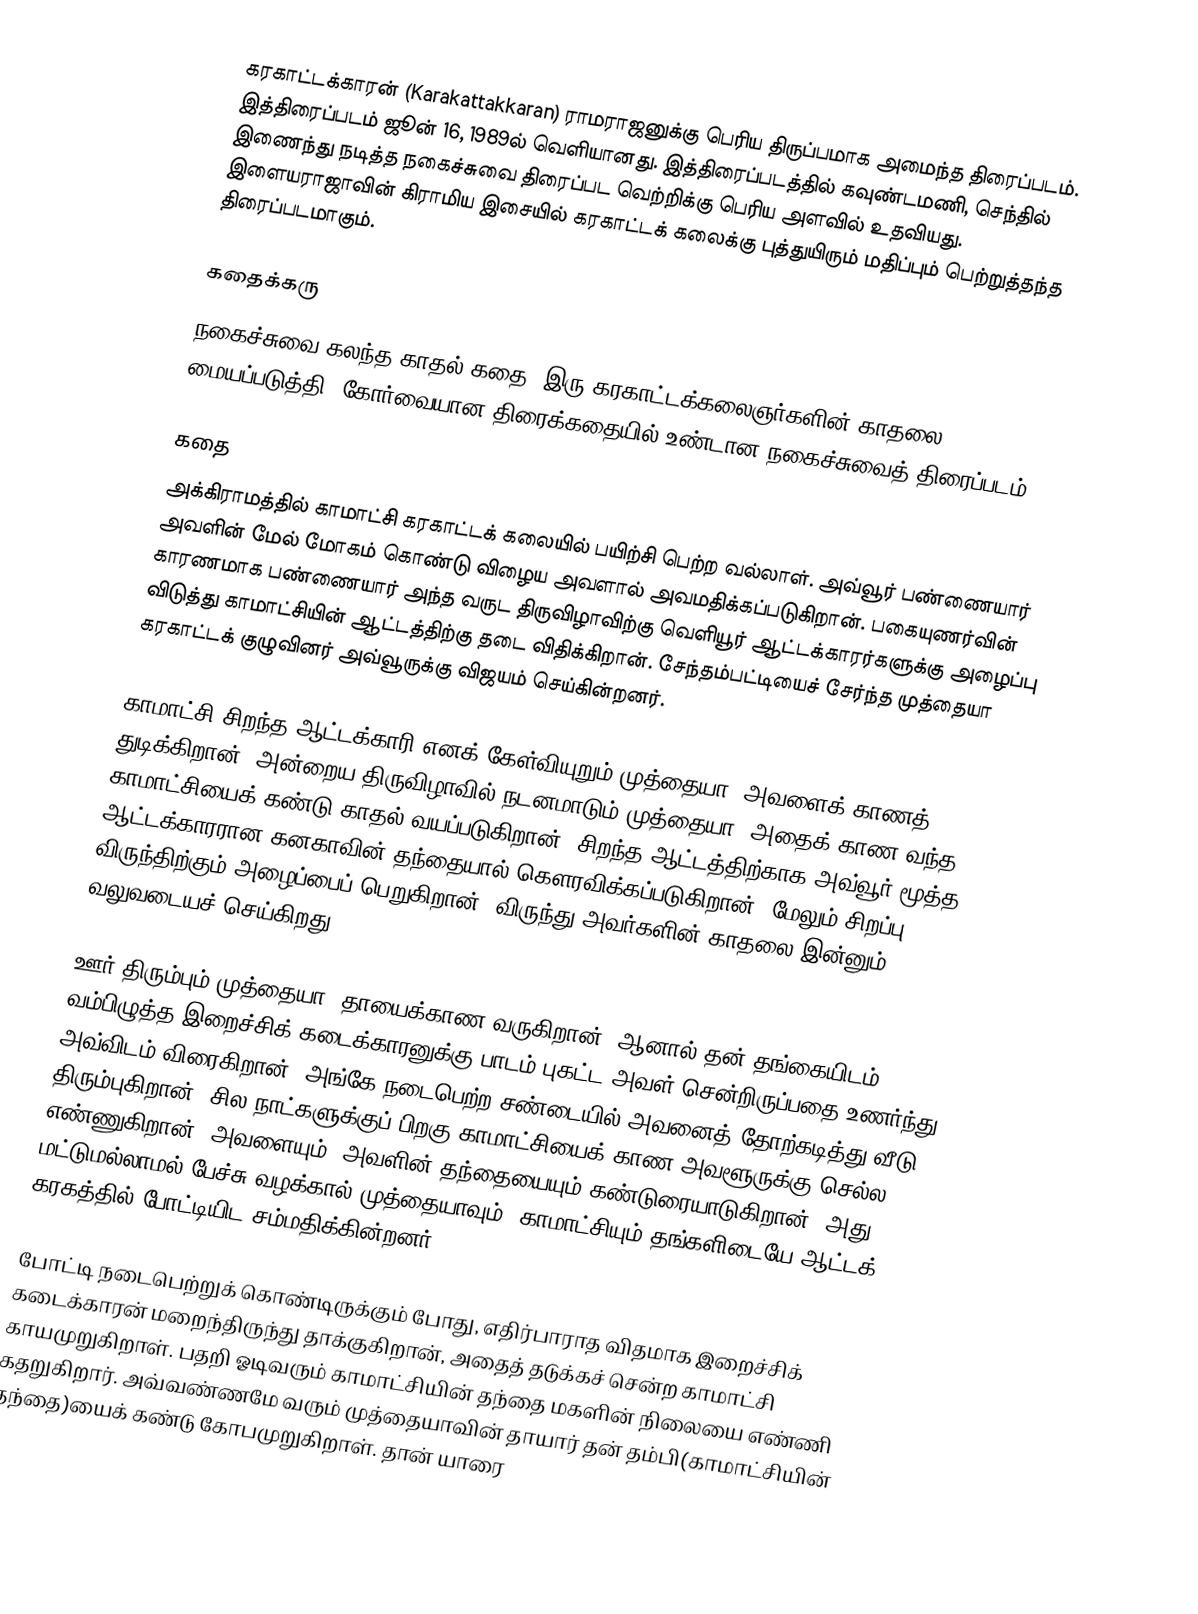
கரகாட்டக்காரன் (Karakattakkaran) ராமராஜனுக்கு பெரிய திருப்பமாக அமைந்த திரைப்படம். இத்திரைப்படம் ஜூன் 16, 1989ல் வெளியானது. இத்திரைப்படத்தில் கவுண்டமணி, செந்தில் இணைந்து நடித்த நகைச்சுவை திரைப்பட வெற்றிக்கு பெரிய அளவில் உதவியது. இளையராஜாவின் கிராமிய இசையில் கரகாட்டக் கலைக்கு புத்துயிரும் மதிப்பும் பெற்றுத்தந்த திரைப்படமாகும்.

கதைக்கரு
நகைச்சுவை கலந்த காதல் கதை. இரு கரகாட்டக்கலைஞர்களின் காதலை மையப்படுத்தி, கோர்வையான திரைக்கதையில் உண்டான நகைச்சுவைத் திரைப்படம்.

கதை
அக்கிராமத்தில் காமாட்சி கரகாட்டக் கலையில் பயிற்சி பெற்ற வல்லாள். அவ்வூர் பண்ணையார் அவளின் மேல் மோகம் கொண்டு விழைய அவளால் அவமதிக்கப்படுகிறான். பகையுணர்வின் காரணமாக பண்ணையார் அந்த வருட திருவிழாவிற்கு வெளியூர் ஆட்டக்காரர்களுக்கு அழைப்பு விடுத்து காமாட்சியின் ஆட்டத்திற்கு தடை விதிக்கிறான். சேந்தம்பட்டியைச் சேர்ந்த முத்தையா கரகாட்டக் குழுவினர் அவ்வூருக்கு விஜயம் செய்கின்றனர்.

காமாட்சி சிறந்த ஆட்டக்காரி எனக் கேள்வியுறும் முத்தையா, அவளைக் காணத் துடிக்கிறான். அன்றைய திருவிழாவில் நடனமாடும் முத்தையா, அதைக் காண வந்த காமாட்சியைக் கண்டு காதல் வயப்படுகிறான். சிறந்த ஆட்டத்திற்காக அவ்வூர் மூத்த ஆட்டக்காரரான கனகாவின் தந்தையால் கௌரவிக்கப்படுகிறான். மேலும் சிறப்பு விருந்திற்கும் அழைப்பைப் பெறுகிறான். விருந்து அவர்களின் காதலை இன்னும் வலுவடையச் செய்கிறது.

ஊர் திரும்பும் முத்தையா, தாயைக்காண வருகிறான். ஆனால் தன் தங்கையிடம் வம்பிழுத்த இறைச்சிக் கடைக்காரனுக்கு பாடம் புகட்ட அவள் சென்றிருப்பதை உணர்ந்து அவ்விடம் விரைகிறான். அங்கே நடைபெற்ற சண்டையில் அவனைத் தோற்கடித்து வீடு திரும்புகிறான். சில நாட்களுக்குப் பிறகு காமாட்சியைக் காண அவளூருக்கு செல்ல எண்ணுகிறான். அவளையும், அவளின் தந்தையையும் கண்டுரையாடுகிறான். அது மட்டுமல்லாமல் பேச்சு வழக்கால் முத்தையாவும், காமாட்சியும் தங்களிடையே ஆட்டக் கரகத்தில் போட்டியிட சம்மதிக்கின்றனர்.

போட்டி நடைபெற்றுக் கொண்டிருக்கும் போது, எதிர்பாராத விதமாக இறைச்சிக் கடைக்காரன் மறைந்திருந்து தாக்குகிறான், அதைத் தடுக்கச் சென்ற காமாட்சி காயமுறுகிறாள். பதறி ஓடிவரும் காமாட்சியின் தந்தை மகளின் நிலையை எண்ணி கதறுகிறார். அவ்வண்ணமே வரும் முத்தையாவின் தாயார் தன் தம்பி(காமாட்சியின் தந்தை)யைக் கண்டு கோபமுறுகிறாள். தான் யாரை